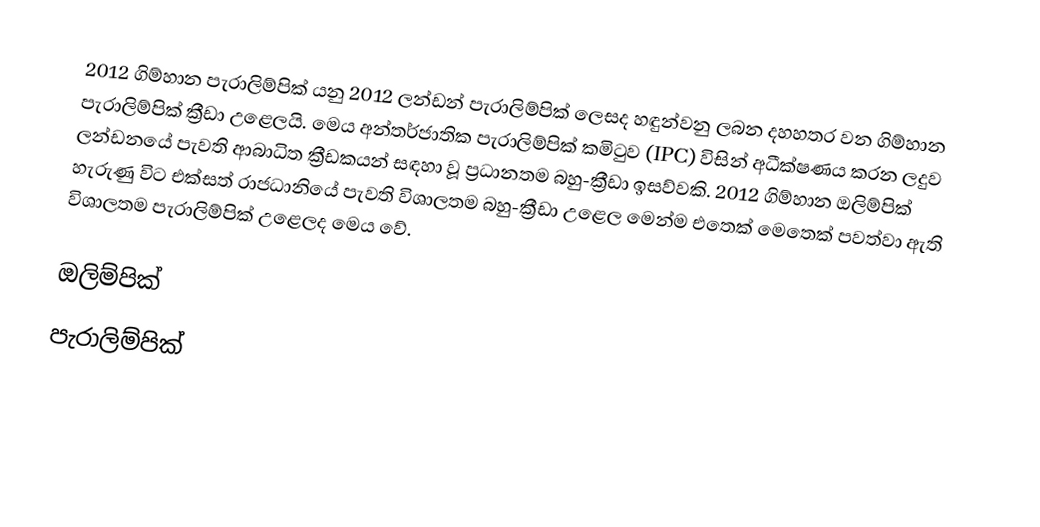
2012 ගිම්හාන පැරාලිම්පික් යනු 2012 ලන්ඩන් පැරාලිම්පික් ලෙසද හඳුන්වනු ලබන දහහතර වන ගිම්හාන පැරාලිම්පික් ක්‍රීඩා උළෙලයි. මෙය අන්තර්ජාතික පැරාලිම්පික් කමිටුව (IPC) විසින් අධීක්ෂණය කරන ලදුව ලන්ඩනයේ පැවති ආබාධිත ක්‍රීඩකයන් සඳහා වූ ප්‍රධානතම බහු-ක්‍රීඩා ඉසව්වකි. 2012 ගිම්හාන ඔලිම්පික් හැරුණු විට එක්සත් රාජධානියේ පැවති විශාලතම බහු-ක්‍රීඩා උළෙල මෙන්ම එතෙක් මෙතෙක් පවත්වා ඇති විශාලතම පැරාලිම්පික් උළෙලද මෙය වේ.

ඔලිම්පික්
පැරාලිම්පික්